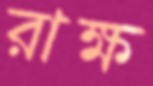
রাক্ষ